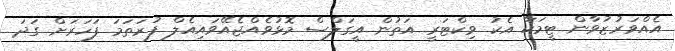
އެއްވަރުޒުވާން ޓީމަކާ އެކު ވިކްޓަރީ އަތުން އީގަލްސް މޮޅުވެއްޖެއޭވައިއެލް ފުރަތަމަ ފަހަރަށް ގަދަ